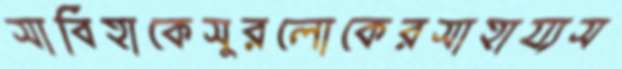
সাবিহাকেসুরলোকেরসাহায্যস